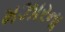
મઝારના